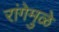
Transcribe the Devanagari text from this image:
रांगेमुळे